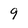
Character: 9